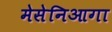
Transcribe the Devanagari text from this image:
मेसेनिआगा